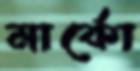
মার্কো